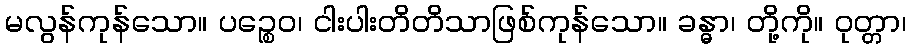
မလွန်ကုန်သော။ ပဉ္စေဝ၊ ငါးပါးတိတိသာဖြစ်ကုန်သော။ ခန္ဓာ၊ တို့ကို။ ဝုတ္တာ၊